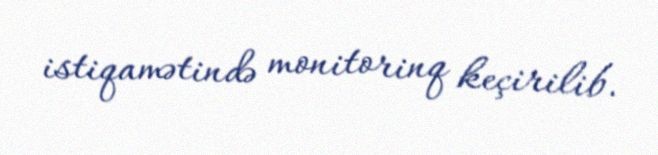
istiqamətində monitorinq keçirilib.